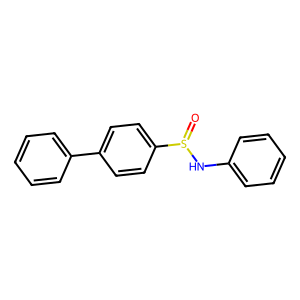
SMILES: O=S(Nc1ccccc1)c1ccc(-c2ccccc2)cc1
Inhibits HIV replication: No